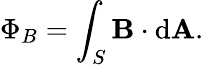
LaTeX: \Phi_{B}=\int_{S}\mathbf{B}\cdot\mathrm{d}\mathbf{A}.\,